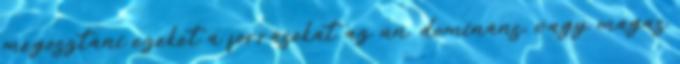
megosztani ezeket a forrásokat az ún. domináns, vagy magas